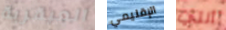
العبقرية الإقليمي ألتي